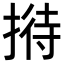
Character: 𢱜